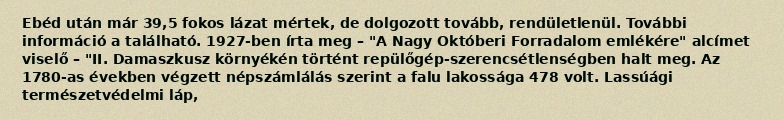
Ebéd után már 39,5 fokos lázat mértek, de dolgozott tovább, rendületlenül. További információ a található. 1927-ben írta meg – "A Nagy Októberi Forradalom emlékére" alcímet viselő – "II. Damaszkusz környékén történt repülőgép-szerencsétlenségben halt meg. Az 1780-as években végzett népszámlálás szerint a falu lakossága 478 volt. Lassúági természetvédelmi láp,